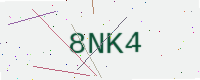
Text: 8NK4